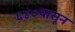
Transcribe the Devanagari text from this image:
६४०पासून